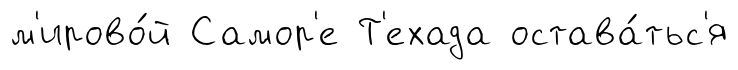
м'ирово́й Самор'е Т'ехада остава́тьс'я